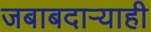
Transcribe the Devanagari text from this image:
जबाबदाऱ्याही